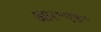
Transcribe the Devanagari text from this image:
आर॰एफ॰